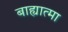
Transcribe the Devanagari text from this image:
बाह्यात्मा